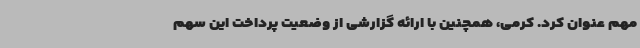
مهم عنوان کرد. کرمی، همچنین با ارائه گزارشی از وضعیت پرداخت این سهم